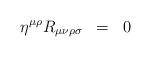
LaTeX: \begin{align*}\eta^{\mu\rho} R_{\mu\nu\rho\sigma} \;\; =\;\; 0\end{align*}